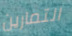
التمارين